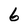
Character: 6